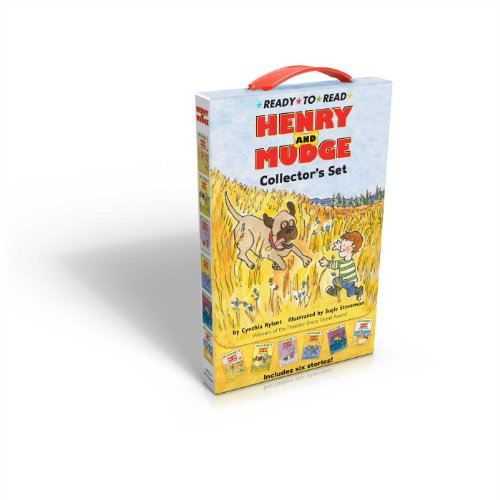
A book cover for Henry and Mudge Collector's Set: Henry and Mudge; Henry and Mudge in Puddle Trouble; Henry and Mudge in the Green Time; Henry and Mudge under the ... and Mudge and the Forever Sea (Henry & Mudge); Cynthia Rylant; Children's Books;